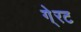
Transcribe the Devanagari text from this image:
गे्रट